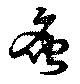
炙